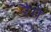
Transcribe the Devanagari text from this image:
रैगे